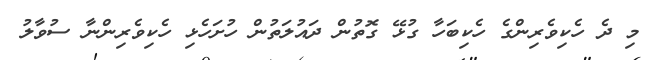
މި ދެ ހެކިވެރިންގެ ހެކިބަހާ ގުޅޭ ގޮތުން ދައުލަތުން ހުށަހެޅި ހެކިވެރިންނާ ސުވާލު